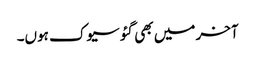
آخر میں بھی گئو سیوک ہوں۔